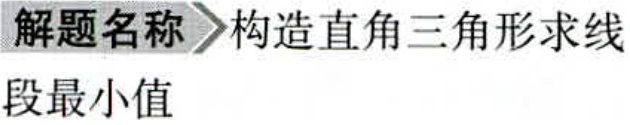
解题名称 构造直角三角形求线段最小值